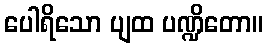
ပေါရိသော ပျထ ပဏ္ဍိတော။